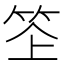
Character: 𥬧